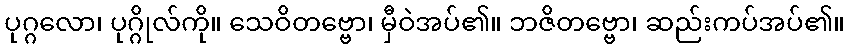
ပုဂ္ဂလော၊ ပုဂ္ဂိုလ်ကို။ သေဝိတဗ္ဗော၊ မှီဝဲအပ်၏။ ဘဇိတဗ္ဗော၊ ဆည်းကပ်အပ်၏။